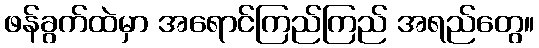
ဖန်ခွက်ထဲမှာ အရောင်ကြည်ကြည် အရည်တွေ။